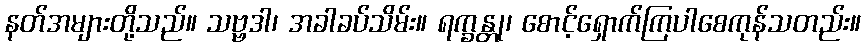
နတ်အများတို့သည်။ သဗ္ဗဒါ၊ အခါခပ်သိမ်း။ ရက္ခန္တု၊ စောင့်ရှောက်ကြပါစေကုန်သတည်း။